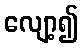
လျော့၍